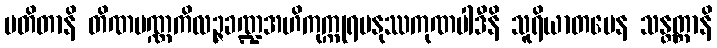
ပတိတာနိ တိဏပဏ္ဏကိလဉ္ဇခဏ္ဍအဟိကုက္ကုရမနုဿကုဏပါဒီနိ သူရိယာတပေန သန္တတ္တာနိ